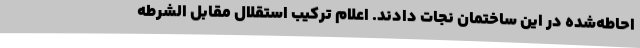
احاطه‌شده در این ساختمان نجات دادند. اعلام ترکیب استقلال مقابل الشرطه